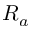
R _ { a }